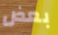
بعض